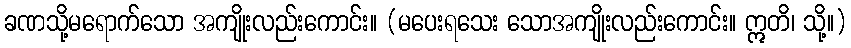
ခဏသို့မရောက်သော အကျိုးလည်းကောင်း။ (မပေးရသေး သောအကျိုးလည်းကောင်း။ ဣတိ၊ သို့။)